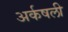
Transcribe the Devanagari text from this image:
अर्कषली